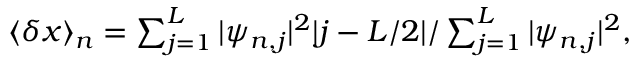
\begin{array} { r } { \langle \delta x \rangle _ { n } = \sum _ { j = 1 } ^ { L } | \psi _ { n , j } | ^ { 2 } | j - L / 2 | / \sum _ { j = 1 } ^ { L } | \psi _ { n , j } | ^ { 2 } , } \end{array}